Annual report of the Punjab Veterinary College and of the Civil Veterinary Department, Punjab - 1926-1932
Year: 1926
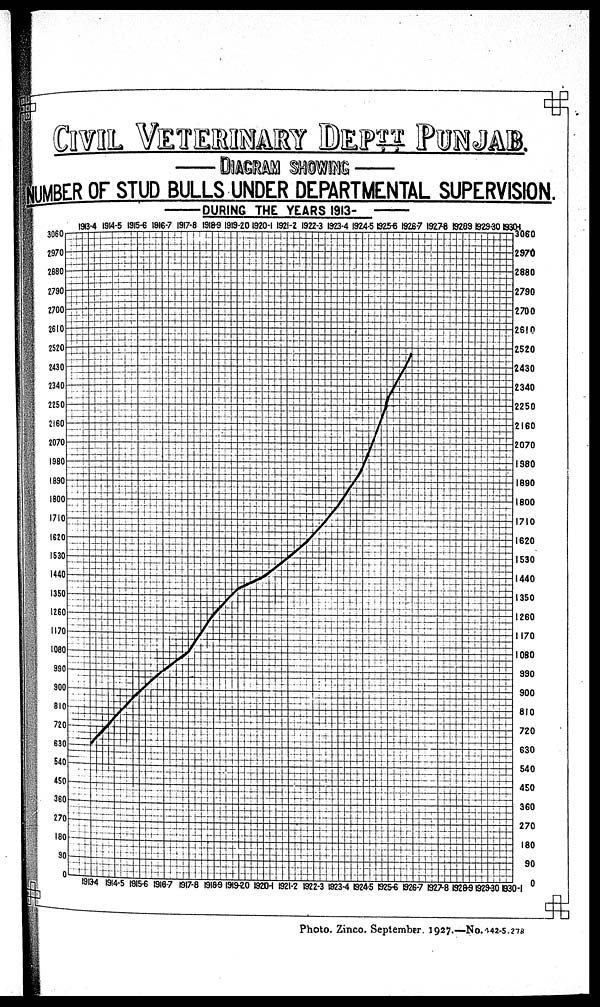
CIVIL VETERINARY DEPTT PUNJAB.
DIAGRAM SHOWING
UMBR OF STUD BULLS UNDER DEPARTMENTAL SUPERVISION.
DURING THE YEARS 1913-
Photo. Zinco. September. 1927.—No.442-5.278